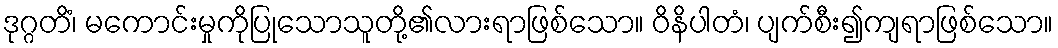
ဒုဂ္ဂတိံ၊ မကောင်းမှုကိုပြုသောသူတို့၏လားရာဖြစ်သော။ ဝိနိပါတံ၊ ပျက်စီး၍ကျရာဖြစ်သော။